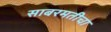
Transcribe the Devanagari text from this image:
साबरमतीचा